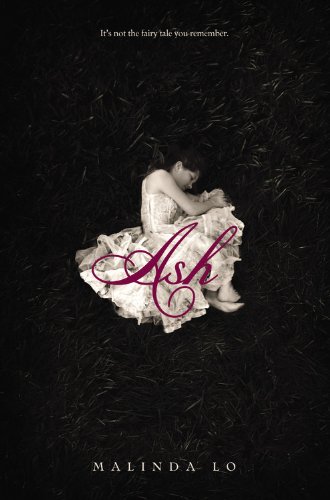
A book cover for Ash; Malinda Lo; Literature & Fiction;